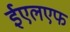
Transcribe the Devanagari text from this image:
ईएलएफ